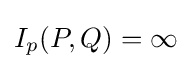
I_{p}(P,Q)=\infty